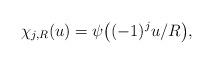
LaTeX: \begin{align*}\chi_{j,R}(u) = \psi\big((-1)^j u/R\big) ,\end{align*}